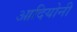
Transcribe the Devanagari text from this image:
आदियोनी